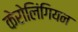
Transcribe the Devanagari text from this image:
केरोलिंगियन